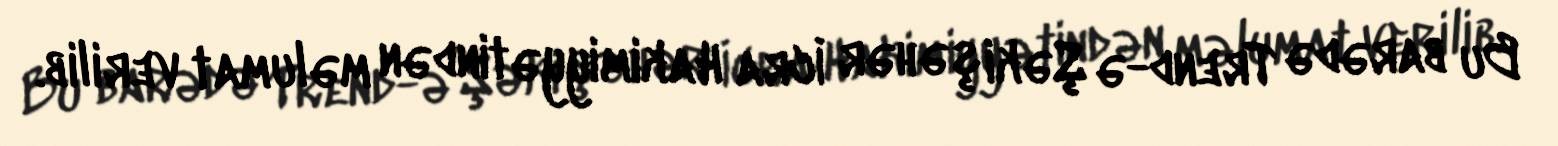
Bu barədə Trend-ə Şəki şəhər İcra Hakimiyyətindən məlumat verilib.